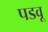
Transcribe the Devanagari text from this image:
पडवू